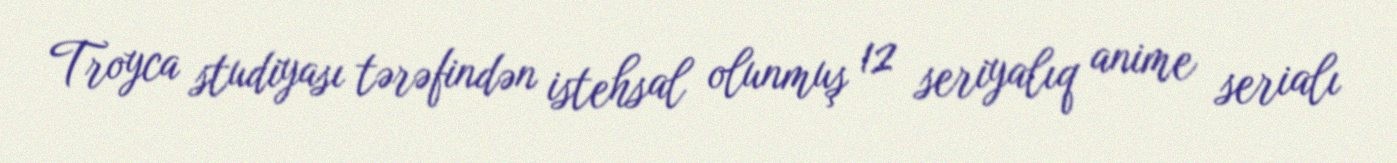
Troyca studiyası tərəfindən istehsal olunmuş 12 seriyalıq anime serialı